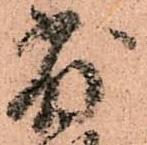
省